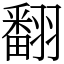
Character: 翻